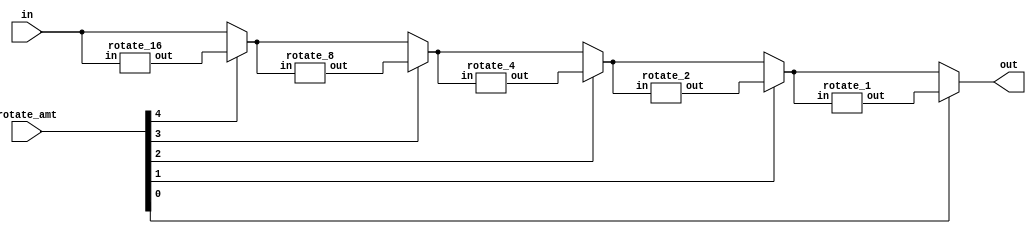
module right_rotate(in, out, rotate_amt);
    // rotates input right by rotate_amt

    input [31:0] in;
    input [4:0] rotate_amt;

    output [31:0] out;

    wire [31:0] r1, r2, r4, r8, r16;
    wire [31:0] mux1, mux2, mux3, mux4;

    // if 4th bit of rotate_amt is on, rotate input by 16 bits
    rotate_16 first_rotate(.in(in), .out(r16));
    assign mux1 = rotate_amt[4] ? r16 : in;

    // if 3rd bit of rotate_amt is on, rotate output of last mux by 8 bits (either r16 or in)
    rotate_8 second_rotate(.in(mux1), .out(r8));
    assign mux2 = rotate_amt[3] ? r8 : mux1;

    // if 2nd bit of rotate_amt is on, rotate output of last mux by 4 bits (either r8 or mux2)
    rotate_4 third_rotate(.in(mux2), .out(r4));
    assign mux3 = rotate_amt[2] ? r4 : mux2;

    // if 1st bit of rotate_amt is on, rotate output of last mux by 2 bits (either r4 or mux2)
    rotate_2 fourth_rotate(.in(mux3), .out(r2));
    assign mux4 = rotate_amt[1] ? r2 : mux3;

    // if 0th bit of rotate_amt is on, rotate output of last mux by 1 bit (either r2 or mux3)
    rotate_1 fifth_rotate(.in(mux4), .out(r1));
    assign out = rotate_amt[0] ? r1 : mux4;

endmodule

module rotate_1(in, out);
    // rotates input right by 1 bit

    input[31:0] in;
    output[31:0] out;

    wire [30:0] body;
    assign body = in[31:1];

    assign out[30:0] = body;
    assign out[31] = in[0];

endmodule

module rotate_2(in, out);
    // rotates input right by 2

    input[31:0] in;
    output[31:0] out;

    wire [31:0] r1;
    rotate_1 first (in, r1);
    rotate_1 second (r1, out);

endmodule

module rotate_4(in, out);
    // rotates input right by 4

    input [31:0] in;
    output [31:0] out;

    wire [31:0] r2;
    rotate_2 first (in, r2);
    rotate_2 second (r2, out);

endmodule

module rotate_8(in, out);
    // rotates input right by 8

    input [31:0] in;
    output [31:0] out;

    wire [31:0] r4;
    rotate_4 first (in, r4);
    rotate_4 second (r4, out);

endmodule

module rotate_16(in, out);
    // rotates input right by 16

    input [31:0] in;
    output [31:0] out;

    wire [31:0] r8;
    rotate_8 first (in, r8);
    rotate_8 second (r8, out);

endmodule